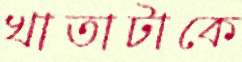
খাতাটাকে